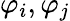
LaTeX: \varphi_{i},\varphi_{j}